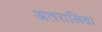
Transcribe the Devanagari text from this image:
अतरालिया